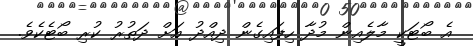
އެ ބޯޓަކީ މާލެއިން މުދާ ހިފައިގެން ދިއްދު އަށް ދަތުރު ކުރި ބޯޓެކެވެ.